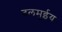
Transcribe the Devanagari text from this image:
दलमुईय